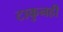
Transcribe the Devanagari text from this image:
टाकुनही